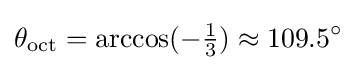
\theta _{\mathrm {oct} }=\arccos(-{\tfrac {1}{3}})\approx 109.5^{\circ }